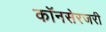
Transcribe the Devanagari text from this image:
कॉनसेरजरी